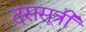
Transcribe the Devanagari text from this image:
दससूत्री